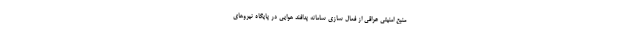
منبع امنیتی عراقی از فعال سازی سامانه پدافند هوایی در پایگاه نیروهای